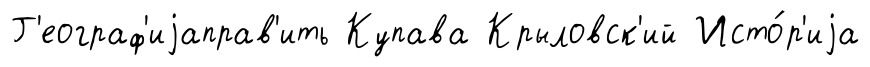
Г'еограф'иjаправ'ить Купава Крыловск'ий Исто́р'иjа